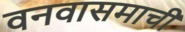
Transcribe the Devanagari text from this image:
वनवासमाची